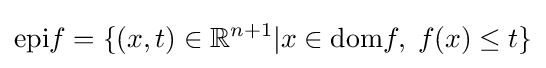
{\mbox{epi}}f=\{(x,t)\in \mathbb {R} ^{n+1}\vert x\in {\mbox{dom}}f,\;f(x)\leq t\}